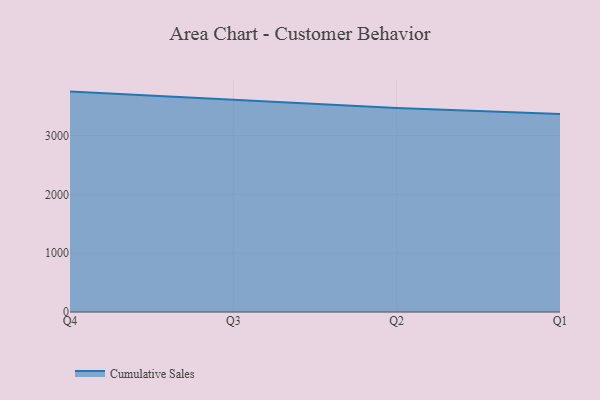
{"axis": {"x": "Quarter", "y": "Shipments"}, "legend": ["Cumulative Sales"], "data": [{"x": "Q4", "y": 3747.4, "type": "Cumulative Sales"}, {"x": "Q3", "y": 3610.9, "type": "Cumulative Sales"}, {"x": "Q2", "y": 3469.9, "type": "Cumulative Sales"}, {"x": "Q1", "y": 3364.9, "type": "Cumulative Sales"}]}